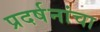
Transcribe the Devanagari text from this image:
प्रदर्षनांचा